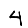
Digit: 4